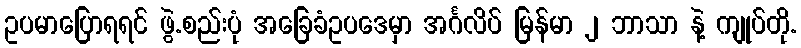
ဥပမာပြောရရင် ဖွဲ.စည်းပုံ အခြေခံဥပဒေမှာ အင်္ဂလိပ် မြန်မာ ၂ ဘာသာ နဲ့ ကျုပ်တို.